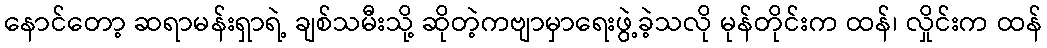
နောင်တော့ ဆရာမန်းရှာရဲ့ ချစ်သမီးသို့ ဆိုတဲ့ကဗျာမှာရေးဖွဲ့ခဲ့သလို မုန်တိုင်းက ထန်၊ လှိုင်းက ထန်